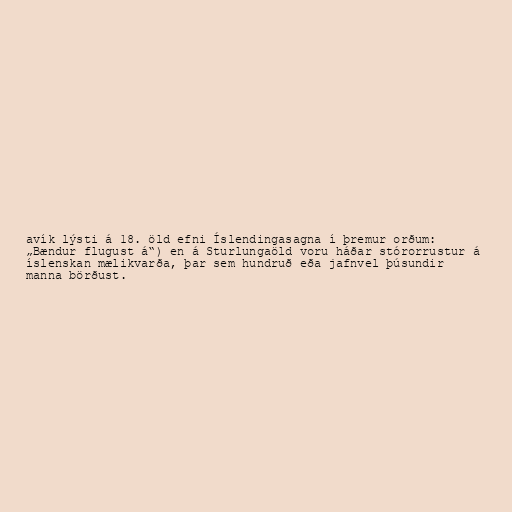
avík lýsti á 18. öld efni Íslendingasagna í þremur orðum:
„Bændur flugust á“) en á Sturlungaöld voru háðar stórorrustur á
íslenskan mælikvarða, þar sem hundruð eða jafnvel þúsundir
manna börðust.